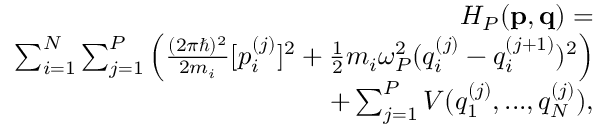
\begin{array} { r } { H _ { P } ( \mathbf { p } , \mathbf { q } ) = } \\ { \sum \displaylimits _ { i = 1 } ^ { N } \sum \displaylimits _ { j = 1 } ^ { P } \Big ( \frac { ( 2 \pi \hbar ) ^ { 2 } } { 2 m _ { i } } [ p _ { i } ^ { ( j ) } ] ^ { 2 } + \frac { 1 } { 2 } m _ { i } \omega _ { P } ^ { 2 } ( q _ { i } ^ { ( j ) } - q _ { i } ^ { ( j + 1 ) } ) ^ { 2 } \Big ) } \\ { + \sum \displaylimits _ { j = 1 } ^ { P } V ( q _ { 1 } ^ { ( j ) } , . . . , q _ { N } ^ { ( j ) } ) , } \end{array}